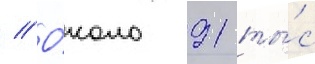
// О́коло 91 ты́с